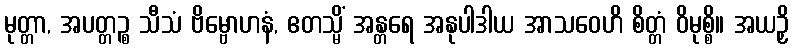
မုတ္တာ, အပတ္တဉ္စ သီသံ ဗိမ္ဗောဟနံ, ဧတသ္မိံ အန္တရေ အနုပါဒါယ အာသဝေဟိ စိတ္တံ ဝိမုစ္စိ။ အယဉှိ